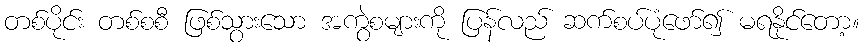
တစ်ပိုင်း တစ်စစီ ဖြစ်သွားသော အကွဲစများကို ပြန်လည် ဆက်စပ်ပုံဖော်၍ မရနိုင်တော့။